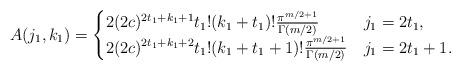
LaTeX: \begin{align*}A(j_1,k_1)=\begin{cases}2(2c)^{2t_1+k_1+1} t_1! (k_1+t_1)! \frac{\pi^{m/2+1}}{\Gamma(m/2)} & j_1=2t_1,\\2(2c)^{2t_1+k_1+2} t_1! (k_1+t_1+1)! \frac{\pi^{m/2+1}}{\Gamma(m/2)} & j_1=2t_1+1.\end{cases}\end{align*}